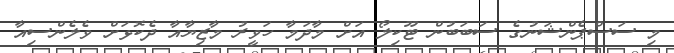
މި ސަސްޕެންޝަނުގެ ސަބަބުން ޓޫކިލޯ އަށް މާދަމާ ހަވީރު މާޒިޔާއާ ދެކޮޅަށް ވެލެންސިއާ